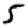
Digit: 5